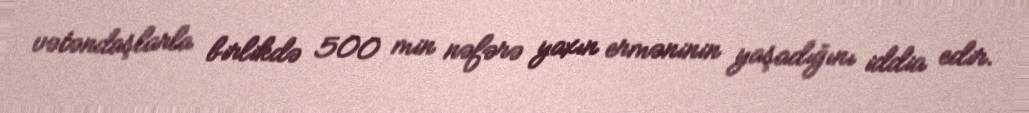
vətəndaşlarla birlikdə 500 min nəfərə yaxın erməninin yaşadığını iddia edir.